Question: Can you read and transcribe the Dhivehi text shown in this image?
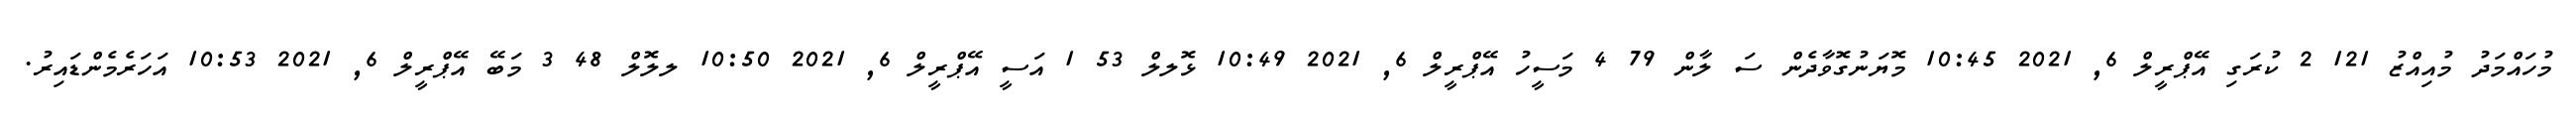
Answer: މުހައްމަދު މުއިއްޒު 121 2 ކުރަގި އޭޕްރީލް 6, 2021 10:45 މޮޔަނުގޮވާދެން ސަ ލާން 79 4 މަސީހު އޭޕްރީލް 6, 2021 10:49 ޅޮލލް 53 1 އަސީ އޭޕްރީލް 6, 2021 10:50 ލލޮލް 48 3 މަބޭ އޭޕްރީލް 6, 2021 10:53 އަހަރެމެންޑައިރު.